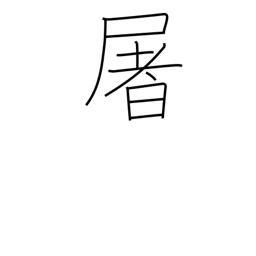
Meaning: slaughter